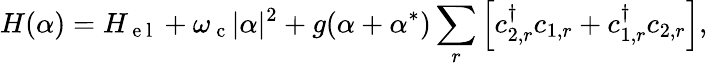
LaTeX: H(\alpha)=H_{\mathrm{~e~l~}}+\omega_{\mathrm{~c~}}|\alpha|^{2}+g(\alpha+\alpha^{\ast})\sum_{r}\left[c_{2,r}^{\dagger}c_{1,r}+c_{1,r}^{\dagger}c_{2,r}\right],